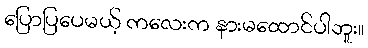
ပြောပြပေမယ့် ကလေးက နားမထောင်ပါဘူး။